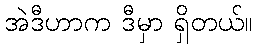
အဲဒီဟာက ဒီမှာ ရှိတယ်။